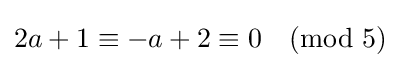
2a+1\equiv -a+2\equiv 0{\pmod {5}}